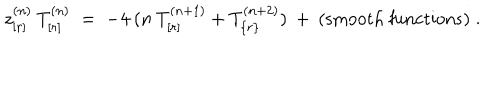
z _ { [ r ] } ^ { ( n ) } \: T _ { [ r ] } ^ { ( n ) } \; = \; - 4 \: ( n \: T _ { [ r ] } ^ { ( n + 1 ) } + T _ { \{ r \} } ^ { ( n + 2 ) } ) \: + \: { \mathrm { ( s m o o t h ~ f u n c t i o n s ) } } \; .